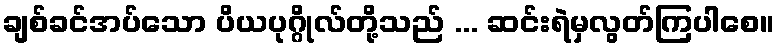
ချစ်ခင်အပ်သော ပိယပုဂ္ဂိုလ်တို့သည် ... ဆင်းရဲမှလွတ်ကြပါစေ။